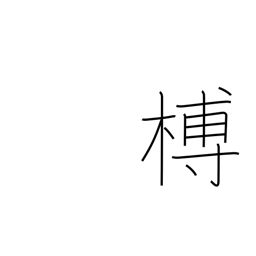
Meaning: unbarked lumber